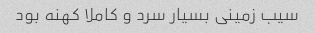
سیب زمینی بسیار سرد و کاملا کهنه بود